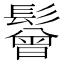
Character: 鬙